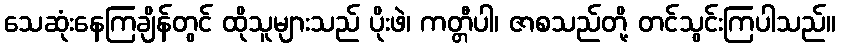
သေဆုံးနေကြချိန်တွင် ထိုသူများသည် ပိုးဖဲ၊ ကတ္တီပါ၊ ဇာစသည်တို့ တင်သွင်းကြပါသည်။